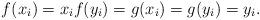
LaTeX: \begin{align*}f(x_{i}) = x_{i} f(y_{i}) = g(x_{i}) = g(y_{i}) = y_{i}.\end{align*}